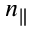
n _ { \parallel }